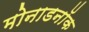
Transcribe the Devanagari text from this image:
मोनाडनॉक